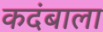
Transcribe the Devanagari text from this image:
कदंबाला